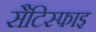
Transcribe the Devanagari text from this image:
सैटिस्फाइ